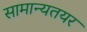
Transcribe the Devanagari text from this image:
सामान्यतयर